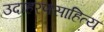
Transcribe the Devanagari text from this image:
उदाहरणसाहित्य